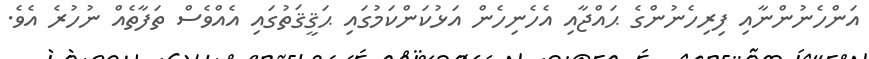
އަންހެނުންނާއި ފިރިހެނުންގެ ޙައްޖާއި އެހެނިހެން އަޅުކަންކަމުގައި ޙަޤީޤަތުގައި އެއްވެސް ތަފާތެއް ނުހުރެ އެެވެ.